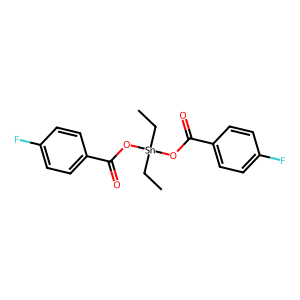
SMILES: CC[Sn](CC)(OC(=O)c1ccc(F)cc1)OC(=O)c1ccc(F)cc1
Inhibits HIV replication: No